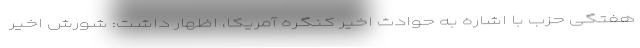
هفتگی حزب با اشاره به حوادث اخیر کنگره آمریکا، اظهار داشت: شورش اخیر